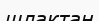
шлактан